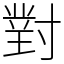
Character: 對